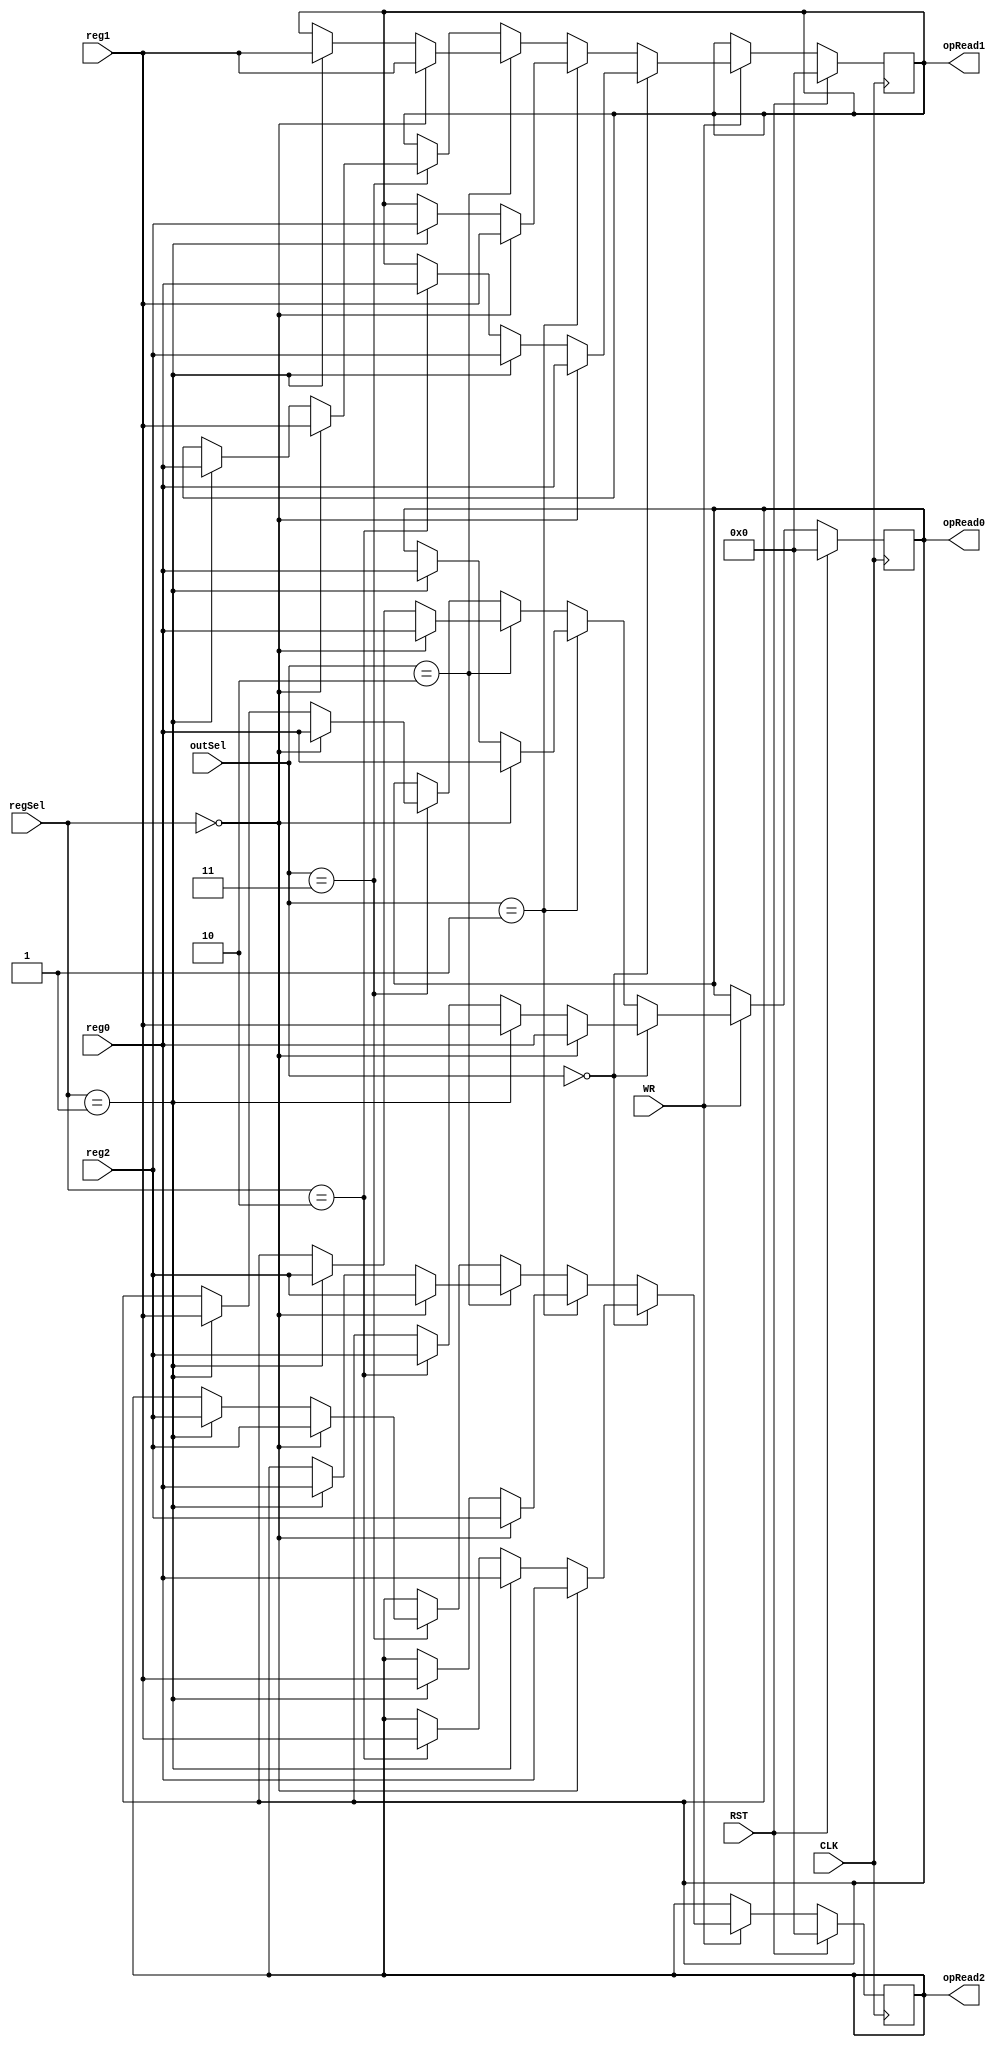
`timescale 1ns / 1ps
//////////////////////////////////////////////////////////////////////////////////
// Company: 
// Engineer: 
// 
// Design Name: 
// Module Name: Reg_File
// Project Name: 
// Target Devices: 
// Tool Versions: 
// Description: 
// 
// Dependencies: 
// 
// Revision:
// Revision 0.01 - File Created
// Additional Comments:
// 
//////////////////////////////////////////////////////////////////////////////////


module Reg_File(
input CLK, WR, RST,
input[1:0] regSel, outSel,
input [4:0] reg0, reg1, reg2,
output[4:0] opRead0, opRead1, opRead2
    );
    //reg [4:0] reg0, reg1, reg2, reg3, reg4, reg5;
    reg [4:0] fileOut, fileOut1, fileOut2;
    assign opRead0 = fileOut;
    assign opRead1 = fileOut1;
    assign opRead2 = fileOut2;
    always @(posedge CLK) begin
            if(RST)begin
                fileOut <= 5'b0;
                fileOut1 <= 5'b0;
                fileOut2 <= 5'b0;
            end
            else if(WR)begin  //get value from register
                if(outSel == 2'b00) begin
                    if(regSel == 2'b00) begin
                        fileOut <= reg0;
                        fileOut1 <= reg0;
                        fileOut2 <= reg0;
                        end
                    else if(regSel == 2'b01) begin
                        fileOut <= reg1;
                        fileOut1 <= reg2;
                        fileOut2 <= reg0;
                        end
                    else if(regSel == 2'b10) begin
                        fileOut <= reg2;
                        fileOut1 <= reg0;
                        fileOut2 <= reg1;
                        end
                end
                else if(outSel == 2'b01) begin  //1st register output stays the same
                    if(regSel == 2'b00) begin
                        fileOut <= reg0;
                        fileOut1 <= reg1;
                        fileOut2 <= reg2;
                        end
                     else if(regSel == 2'b01) begin //swap other two registers
                        fileOut <= reg0;
                        fileOut1 <= reg2;
                        fileOut2 <= reg1;
                        end
                        
                    end
                else if(outSel == 2'b10) begin  //2nd register output stays the same
                     if(regSel == 2'b00) begin
                        fileOut <= reg0;
                        fileOut1 <= reg1;
                        fileOut2 <= reg2;
                        end
                     else if(regSel == 2'b01) begin
                        fileOut <= reg2;
                        fileOut1 <= reg1;
                        fileOut2 <= reg0;
                        end
                end
              else if(outSel == 2'b11) begin    //3rd register stays the same
                    if(regSel == 2'b00) begin
                        fileOut <= reg0;
                        fileOut1 <= reg1;
                        fileOut2 <= reg2;
                        end
                     else if(regSel == 2'b01) begin
                        fileOut <= reg1;
                        fileOut1 <= reg0;
                        fileOut2 <= reg2;
                        end
                end
            end
    end
endmodule